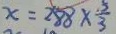
x = 2 8 8 \times \frac { 5 } { 3 }